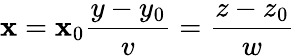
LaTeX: \mathbf{x}=\mathbf{x}_{0}\frac{{y-y_{0}}}{{v}}=\frac{{z-z_{0}}}{{w}}